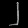
Digit: ၂